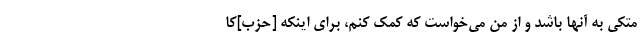
متکی به آنها باشد و از من می‌خواست که کمک کنم، برای اینکه [حزب]کا